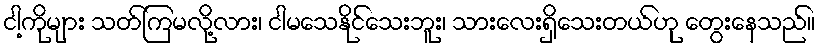
ငါ့ကိုများ သတ်ကြမလို့လား၊ ငါမသေနိုင်သေးဘူး၊ သားလေးရှိသေးတယ်ဟု တွေးနေသည်။